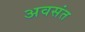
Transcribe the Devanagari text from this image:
अवसंत